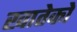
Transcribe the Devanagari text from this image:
खातेको